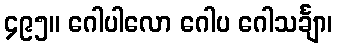
၄၉၅။ ဂေါပါလော ဂေါပ ဂေါသင်္ချာ၊